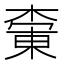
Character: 𪳚